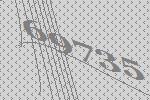
69735